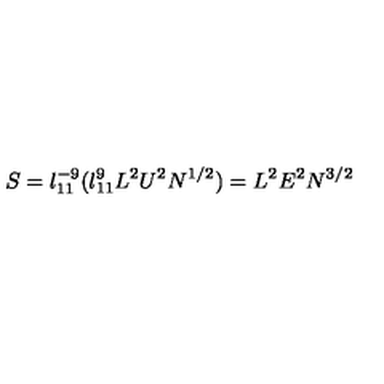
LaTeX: S = l _ { 1 1 } ^ { - 9 } ( l _ { 1 1 } ^ { 9 } L ^ { 2 } U ^ { 2 } N ^ { 1 / 2 } ) = L ^ { 2 } E ^ { 2 } N ^ { 3 / 2 }